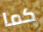
كما